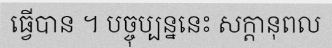
ធ្វើបាន ។ បច្ចុប្បន្ននេះ សក្តានុពល